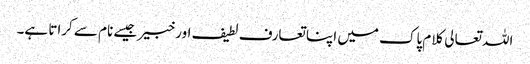
اللہ تعالی کلام پاک میں اپنا تعارف لطیف اور خبیر جیسے نام سے کراتا ہے۔